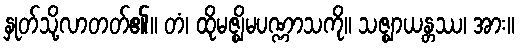
နှုတ်သို့လာတတ်၏။ တံ၊ ထိုမဇ္ဈိမပဏ္ဏာသကို။ သဇ္ဈာယန္တဿ၊ အား။